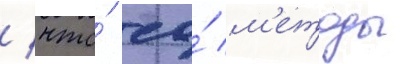
/ что́ ео́ м'етоды